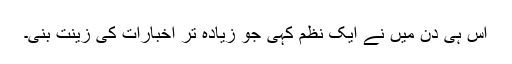
اس ہی دن میں نے ایک نظم کہی جو زیادہ تر اخبارات کی زینت بنی۔